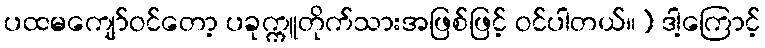
ပထမကျော်ဝင်တော့ ပခုက္ကူတိုက်သားအဖြစ်ဖြင့် ဝင်ပါတယ်။) ဒါ့ကြောင့်